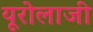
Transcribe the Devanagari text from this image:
यूरोलाजी